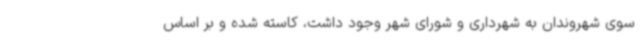
سوی شهروندان به شهرداری و شورای شهر وجود داشت، کاسته شده و بر اساس